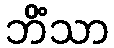
ဘိံသာ